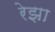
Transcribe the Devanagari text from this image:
रेझा